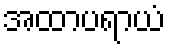
အထာပရာယံ